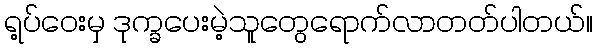
ရ့ပ်ဝေးမှ ဒုက္ခပေးမဲ့သူတွေရောက်လာတတ်ပါတယ်။